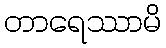
တာရေဿာမိ